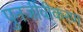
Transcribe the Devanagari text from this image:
पुनर्जीवीकरण